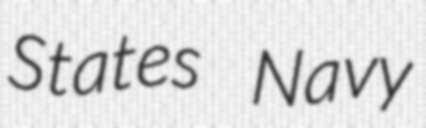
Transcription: States Navy